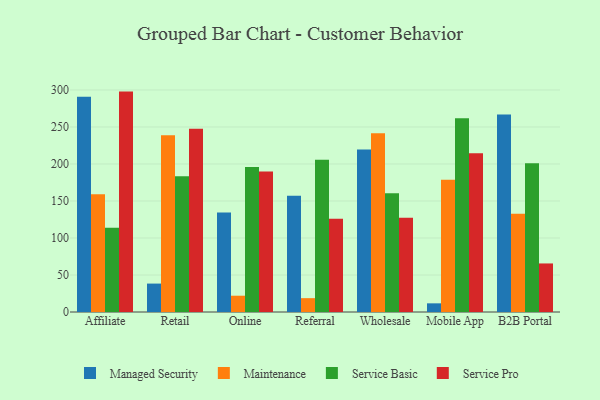
{"axis": {"x": "Channel", "y": "Revenue (USD Million)"}, "legend": ["Maintenance", "Managed Security", "Service Basic", "Service Pro"], "data": [{"x": "Affiliate", "y": 291.0, "type": "Managed Security"}, {"x": "Affiliate", "y": 159.2, "type": "Maintenance"}, {"x": "Affiliate", "y": 113.7, "type": "Service Basic"}, {"x": "Affiliate", "y": 297.8, "type": "Service Pro"}, {"x": "Retail", "y": 38.4, "type": "Managed Security"}, {"x": "Retail", "y": 238.9, "type": "Maintenance"}, {"x": "Retail", "y": 183.4, "type": "Service Basic"}, {"x": "Retail", "y": 247.5, "type": "Service Pro"}, {"x": "Online", "y": 134.6, "type": "Managed Security"}, {"x": "Online", "y": 22.0, "type": "Maintenance"}, {"x": "Online", "y": 195.8, "type": "Service Basic"}, {"x": "Online", "y": 189.9, "type": "Service Pro"}, {"x": "Referral", "y": 157.1, "type": "Managed Security"}, {"x": "Referral", "y": 18.7, "type": "Maintenance"}, {"x": "Referral", "y": 205.7, "type": "Service Basic"}, {"x": "Referral", "y": 126.0, "type": "Service Pro"}, {"x": "Wholesale", "y": 219.6, "type": "Managed Security"}, {"x": "Wholesale", "y": 241.5, "type": "Maintenance"}, {"x": "Wholesale", "y": 160.6, "type": "Service Basic"}, {"x": "Wholesale", "y": 127.5, "type": "Service Pro"}, {"x": "Mobile App", "y": 11.7, "type": "Managed Security"}, {"x": "Mobile App", "y": 178.7, "type": "Maintenance"}, {"x": "Mobile App", "y": 261.8, "type": "Service Basic"}, {"x": "Mobile App", "y": 214.6, "type": "Service Pro"}, {"x": "B2B Portal", "y": 266.7, "type": "Managed Security"}, {"x": "B2B Portal", "y": 132.8, "type": "Maintenance"}, {"x": "B2B Portal", "y": 200.9, "type": "Service Basic"}, {"x": "B2B Portal", "y": 65.6, "type": "Service Pro"}]}